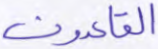
القاعدون